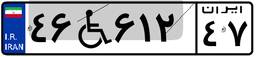
۴۶W۶۱۲۴۷